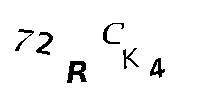
72RCK4